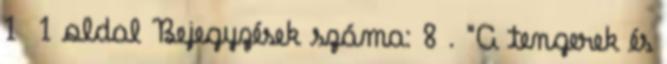
1 1 oldal Bejegyzések száma: 8 . "A tengerek és